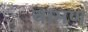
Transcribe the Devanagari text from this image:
वामण